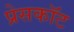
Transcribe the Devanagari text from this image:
प्रेसकॉट